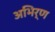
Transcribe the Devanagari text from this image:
अभिर्ण